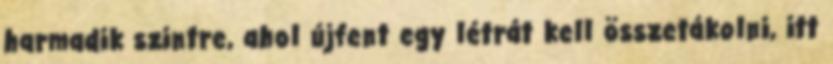
harmadik szintre, ahol újfent egy létrát kell összetákolni, itt